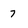
Character: 7